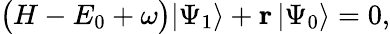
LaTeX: \begin{array}{r}{\big(H-E_{0}+\omega\big)|\Psi_{1}\rangle+\mathbf{r}\, |\Psi_{0}\rangle=0,}\end{array}